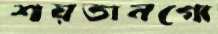
শয়তানগো